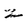
Character: z